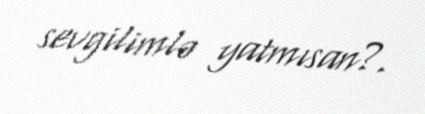
sevgilimlə yatmısan?.